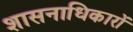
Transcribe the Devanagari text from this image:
शासनाधिकारों